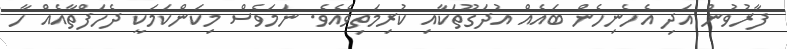
ފާރުވުން އަދި އެހެނިހެން ބައެއް އުދަގޫތަކާއި ކުރިމަތިވެއެވެ. ނަމަވެސް މިކަންކަމަކީ ދެހަފްތާއެއް ހާ